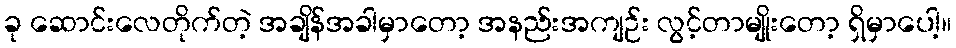
ခု ဆောင်းလေတိုက်တဲ့ အချိန်အခါမှာတော့ အနည်းအကျဉ်း လွင့်တာမျိုးတော့ ရှိမှာပေါ့။